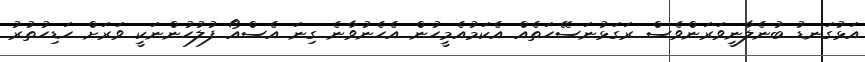
އަޅުގަނޑު ބުނެލާނީވަރަންވެސް ރަގަޅުނަސޭހަތެއް އެކަމުއެމީހުން އެހެނުވާނެ ގިނަ އެސްއޯ ފުލުހުންނަކީ ވަރަށް ހަޑިހުތުރު